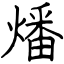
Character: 燔